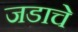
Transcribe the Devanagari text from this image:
जडाचे